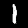
Label: 1